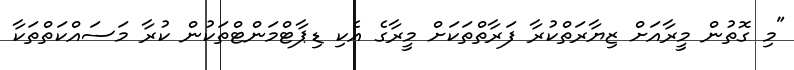
"މި ގޮތުން މީރާއަށް ޒިޔާރަތްކުރާ ފަރާތްތަކަށް މީރާގެ އެކި ޑިޕާޓްމަންޓްތަކުން ކުރާ މަސައްކަތްތަކާ